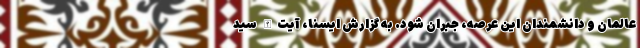
عالمان و دانشمندان این عرصه، جبران شود. به گزارش ایسنا، آیت‌الله سید